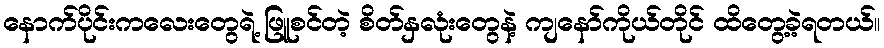
နောက်ပိုင်းကလေးတွေရဲ့ ဖြူစင်တဲ့ စိတ်နှလုံးတွေနဲ့ ကျနော်ကိုယ်တိုင် ထိတွေ့ခဲ့ရတယ်။